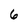
Character: 6